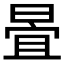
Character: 𣈍